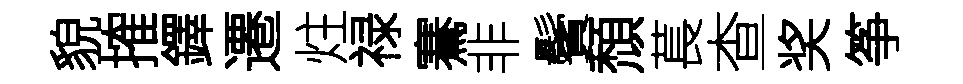
貌搉鐸遷炷禄騫非鬢頹萇查奖筝